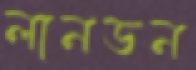
লানডন